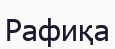
Рафиқа